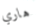
هاري